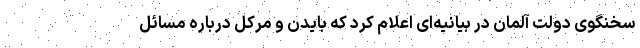
سخنگوی دولت آلمان در بیانیه‌ای اعلام کرد که بایدن و مرکل درباره مسائل